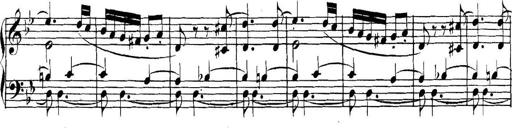
Title: Collected Piano Sonatas
Composer: Muzio Clementi